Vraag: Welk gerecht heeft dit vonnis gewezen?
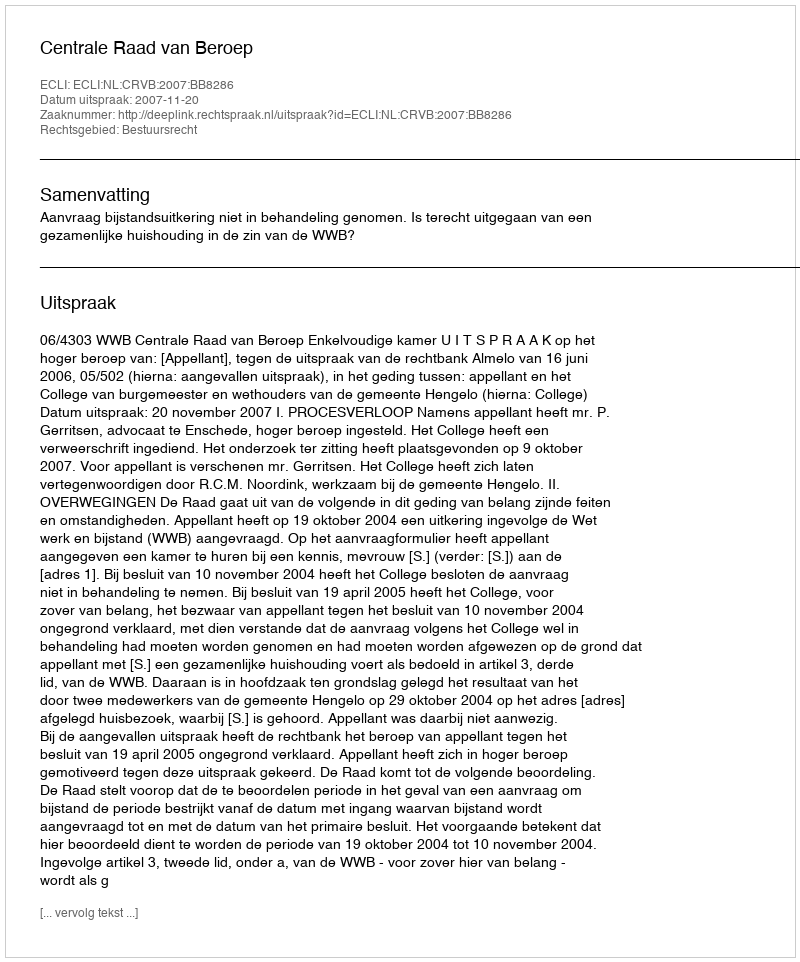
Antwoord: Centrale Raad van Beroep